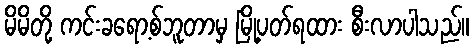
မိမိတို့ ကင်းခရော့စ်ဘူတာမှ မြို့ပတ်ရထား စီးလာပါသည်။